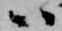
ハ